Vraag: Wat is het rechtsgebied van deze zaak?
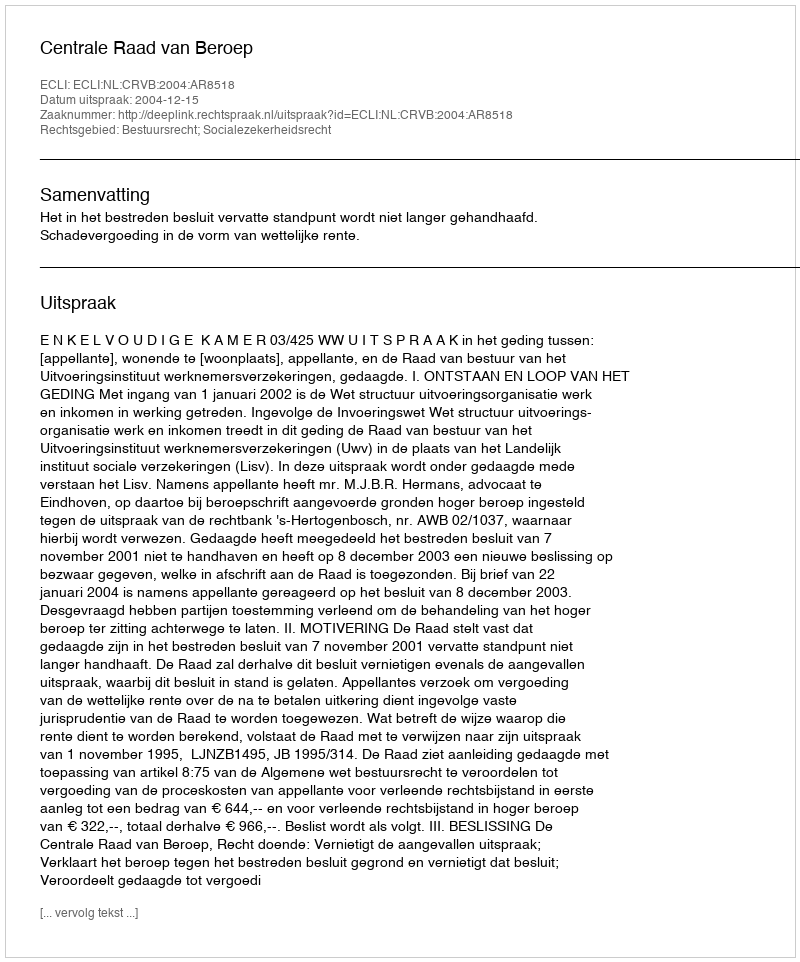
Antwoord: Bestuursrecht; Socialezekerheidsrecht